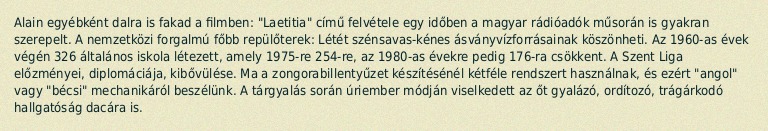
Alain egyébként dalra is fakad a filmben: "Laetitia" című felvétele egy időben a magyar rádióadók műsorán is gyakran szerepelt. A nemzetközi forgalmú főbb repülőterek: Létét szénsavas-kénes ásványvízforrásainak köszönheti. Az 1960-as évek végén 326 általános iskola létezett, amely 1975-re 254-re, az 1980-as évekre pedig 176-ra csökkent. A Szent Liga előzményei, diplomáciája, kibővülése. Ma a zongorabillentyűzet készítésénél kétféle rendszert használnak, és ezért "angol" vagy "bécsi" mechanikáról beszélünk. A tárgyalás során úriember módján viselkedett az őt gyalázó, ordítozó, trágárkodó hallgatóság dacára is.